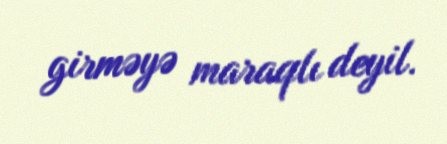
girməyə maraqlı deyil.